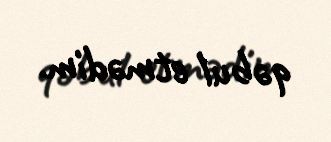
qəbul etmədim.